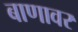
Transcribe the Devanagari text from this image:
बाणावर